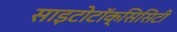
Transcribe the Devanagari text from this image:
साइटोटॉक्सिसिटी